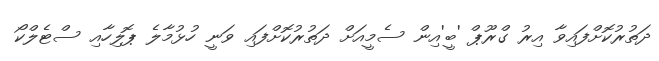
ދަތުރުކޮށްފައިވާ އިރު ގްރޫޕް 'ބީ'އިން ސެމީއަށް ދަތުރުކޮށްފައި ވަނީ ހުޅުމާލެ ޕޮލިހާއި ސްޓެލްކޯ